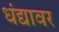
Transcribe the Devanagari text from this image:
धंद्यावर